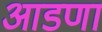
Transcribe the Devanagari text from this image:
आडणा